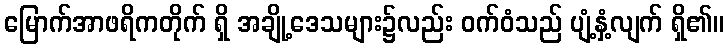
မြောက်အာဖရိကတိုက် ရှိ အချို့ဒေသများ၌လည်း ဝက်ဝံသည် ပျံ့နှံ့လျက် ရှိ၏။